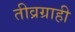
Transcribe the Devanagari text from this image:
तीव्रग्राही